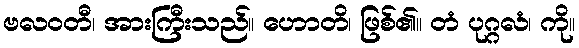
ဗလဝတီ၊ အားကြီးသည်။ ဟောတိ၊ ဖြစ်၏။ တံ ပုဂ္ဂလံ၊ ကို။